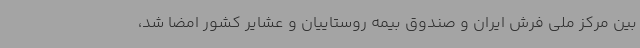
بین مرکز ملی فرش ایران و صندوق بیمه روستاییان و عشایر کشور امضا شد،